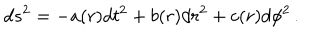
LaTeX: d s ^ { 2 } = - a ( r ) d t ^ { 2 } + b ( r ) d r ^ { 2 } + c ( r ) d \phi ^ { 2 } \, .